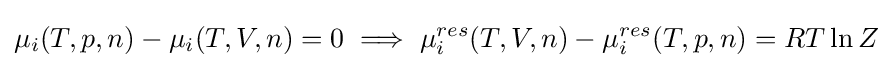
\mu _{i}(T,p,n)-\mu _{i}(T,V,n)=0\implies \mu _{i}^{res}(T,V,n)-\mu _{i}^{res}(T,p,n)=RT\ln Z